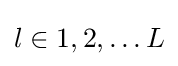
{\textstyle l\in 1,2,\dots L}